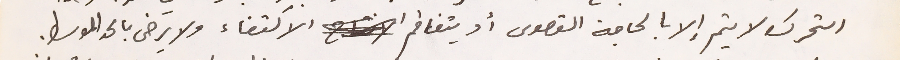
التحرك لا يتم إلا بالحاجة القصوى او يتفاقم الاكتفاء ولا يرضى بالحد الوسط.